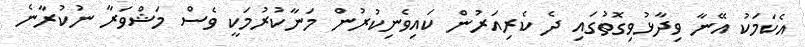
އެކަމަކު އޭނާ ވިދާޅުވިގޮތުގައި ދެ ކެރިއަރުން ކައިވެނިކުރުން މަނާކުރުމަކީ ވެސް މަޝްވަރާ ނުކުރާނެ